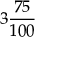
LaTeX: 3 { \frac { 7 5 } { 1 0 0 } }